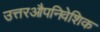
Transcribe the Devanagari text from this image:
उत्तरऔपनिवेशिक